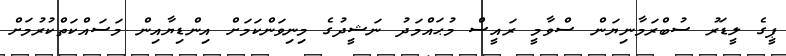
ޕީގެ ލީޑަރު ސުބްރަމާނިޔަން ސްވާމީ ރައީސް މުޙައްމަދު ނަޝީދުގެ މިނިވަންކަމަށް އިންޑިޔާއިން މަސައްކަތްކުރުމަށް